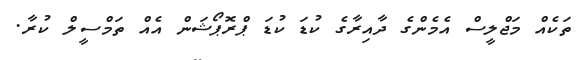
ތަކެއް މަޖްލީސް އެމެންގެ ދާއިރާގެ ކުޑަ ކުޑަ ޕްރޮޕޯޝަން އެއް ތަމްސީލް ކުރާ.